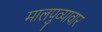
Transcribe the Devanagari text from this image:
मालपुव्यावार